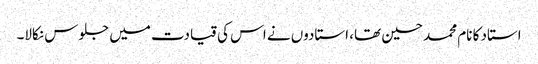
استاد کا نام محمد حسین تھا، استادوں نے اس کی قیادت میں جلوس نکالا۔